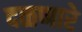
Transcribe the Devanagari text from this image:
दळणारे